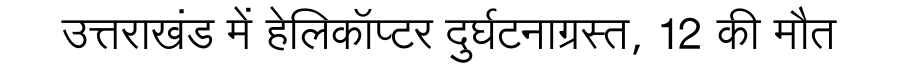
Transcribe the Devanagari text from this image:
उत्तराखंड में हेलिकॉप्टर दुर्घटनाग्रस्त, 12 की मौत